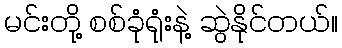
မင်းတို့ စစ်ခုံရုံးနဲ့ ဆွဲနိုင်တယ်။